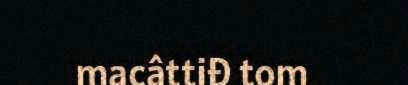
macâttiđ tom